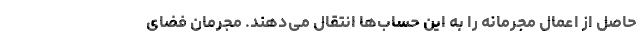
حاصل از اعمال مجرمانه را به این حساب‌ها انتقال می‌دهند. مجرمان فضای